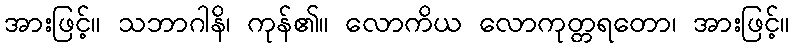
အားဖြင့်။ သဘာဂါနိ၊ ကုန်၏။ လောကိယ လောကုတ္တရတော၊ အားဖြင့်။